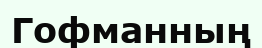
Гофманның